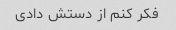
فکر کنم از دستش دادی